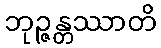
ဘုဉ္ဇန္တဿာတိ